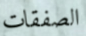
الصفقات